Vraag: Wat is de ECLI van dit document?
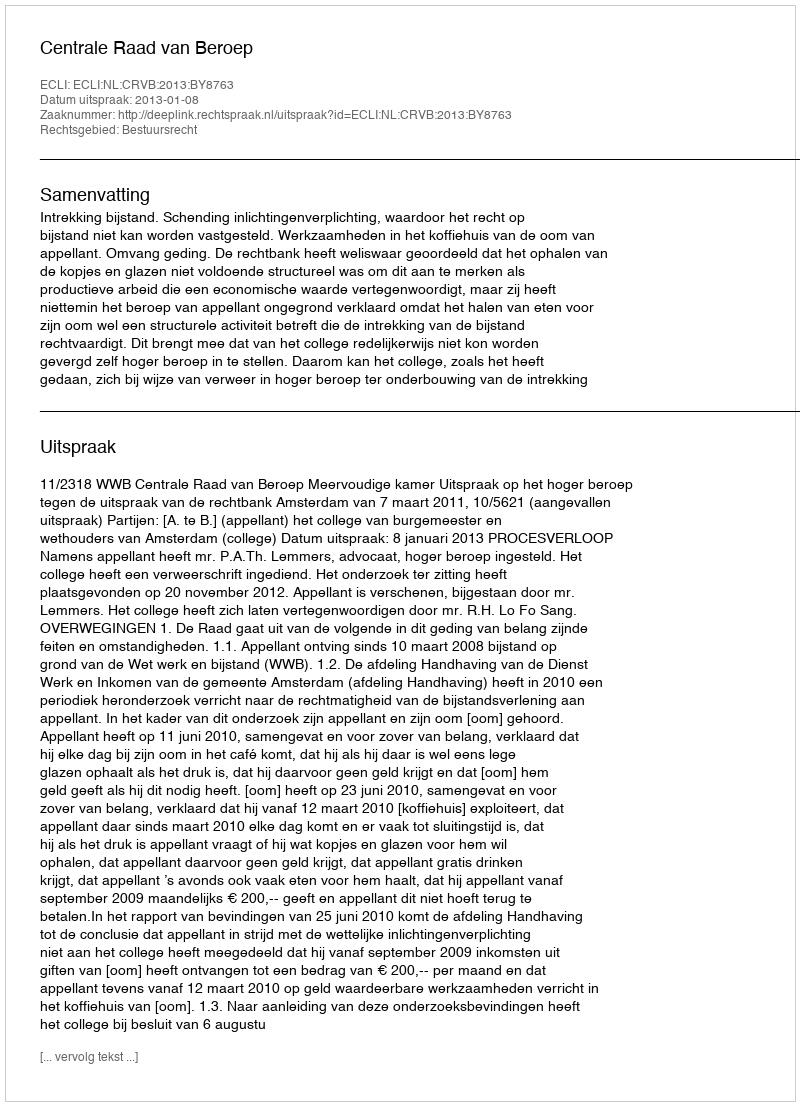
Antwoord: ECLI:NL:CRVB:2013:BY8763